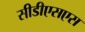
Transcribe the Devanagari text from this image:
सीडीएसएस